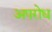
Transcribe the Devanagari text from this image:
अपरोध